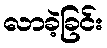
လာခဲ့ခြင်း